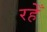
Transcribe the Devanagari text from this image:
रहेँ